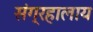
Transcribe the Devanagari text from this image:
संग्रहालाय